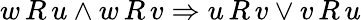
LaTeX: w\, R\, u\land w\, R\, v\Rightarrow u\, R\, v\lor v\, R\, u